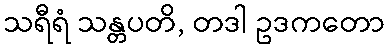
သရီရံ သန္တပတိ, တဒါ ဥဒကတော